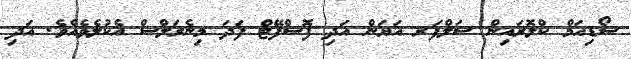
ސޯޑިއަމް ކްލޮރައިން ސަލްފަރ އަޔަން އަދި ފޮސްފޭޓް ފަދަ މިނެރަލްސް އެކުލެވެއެވެ. އަދި